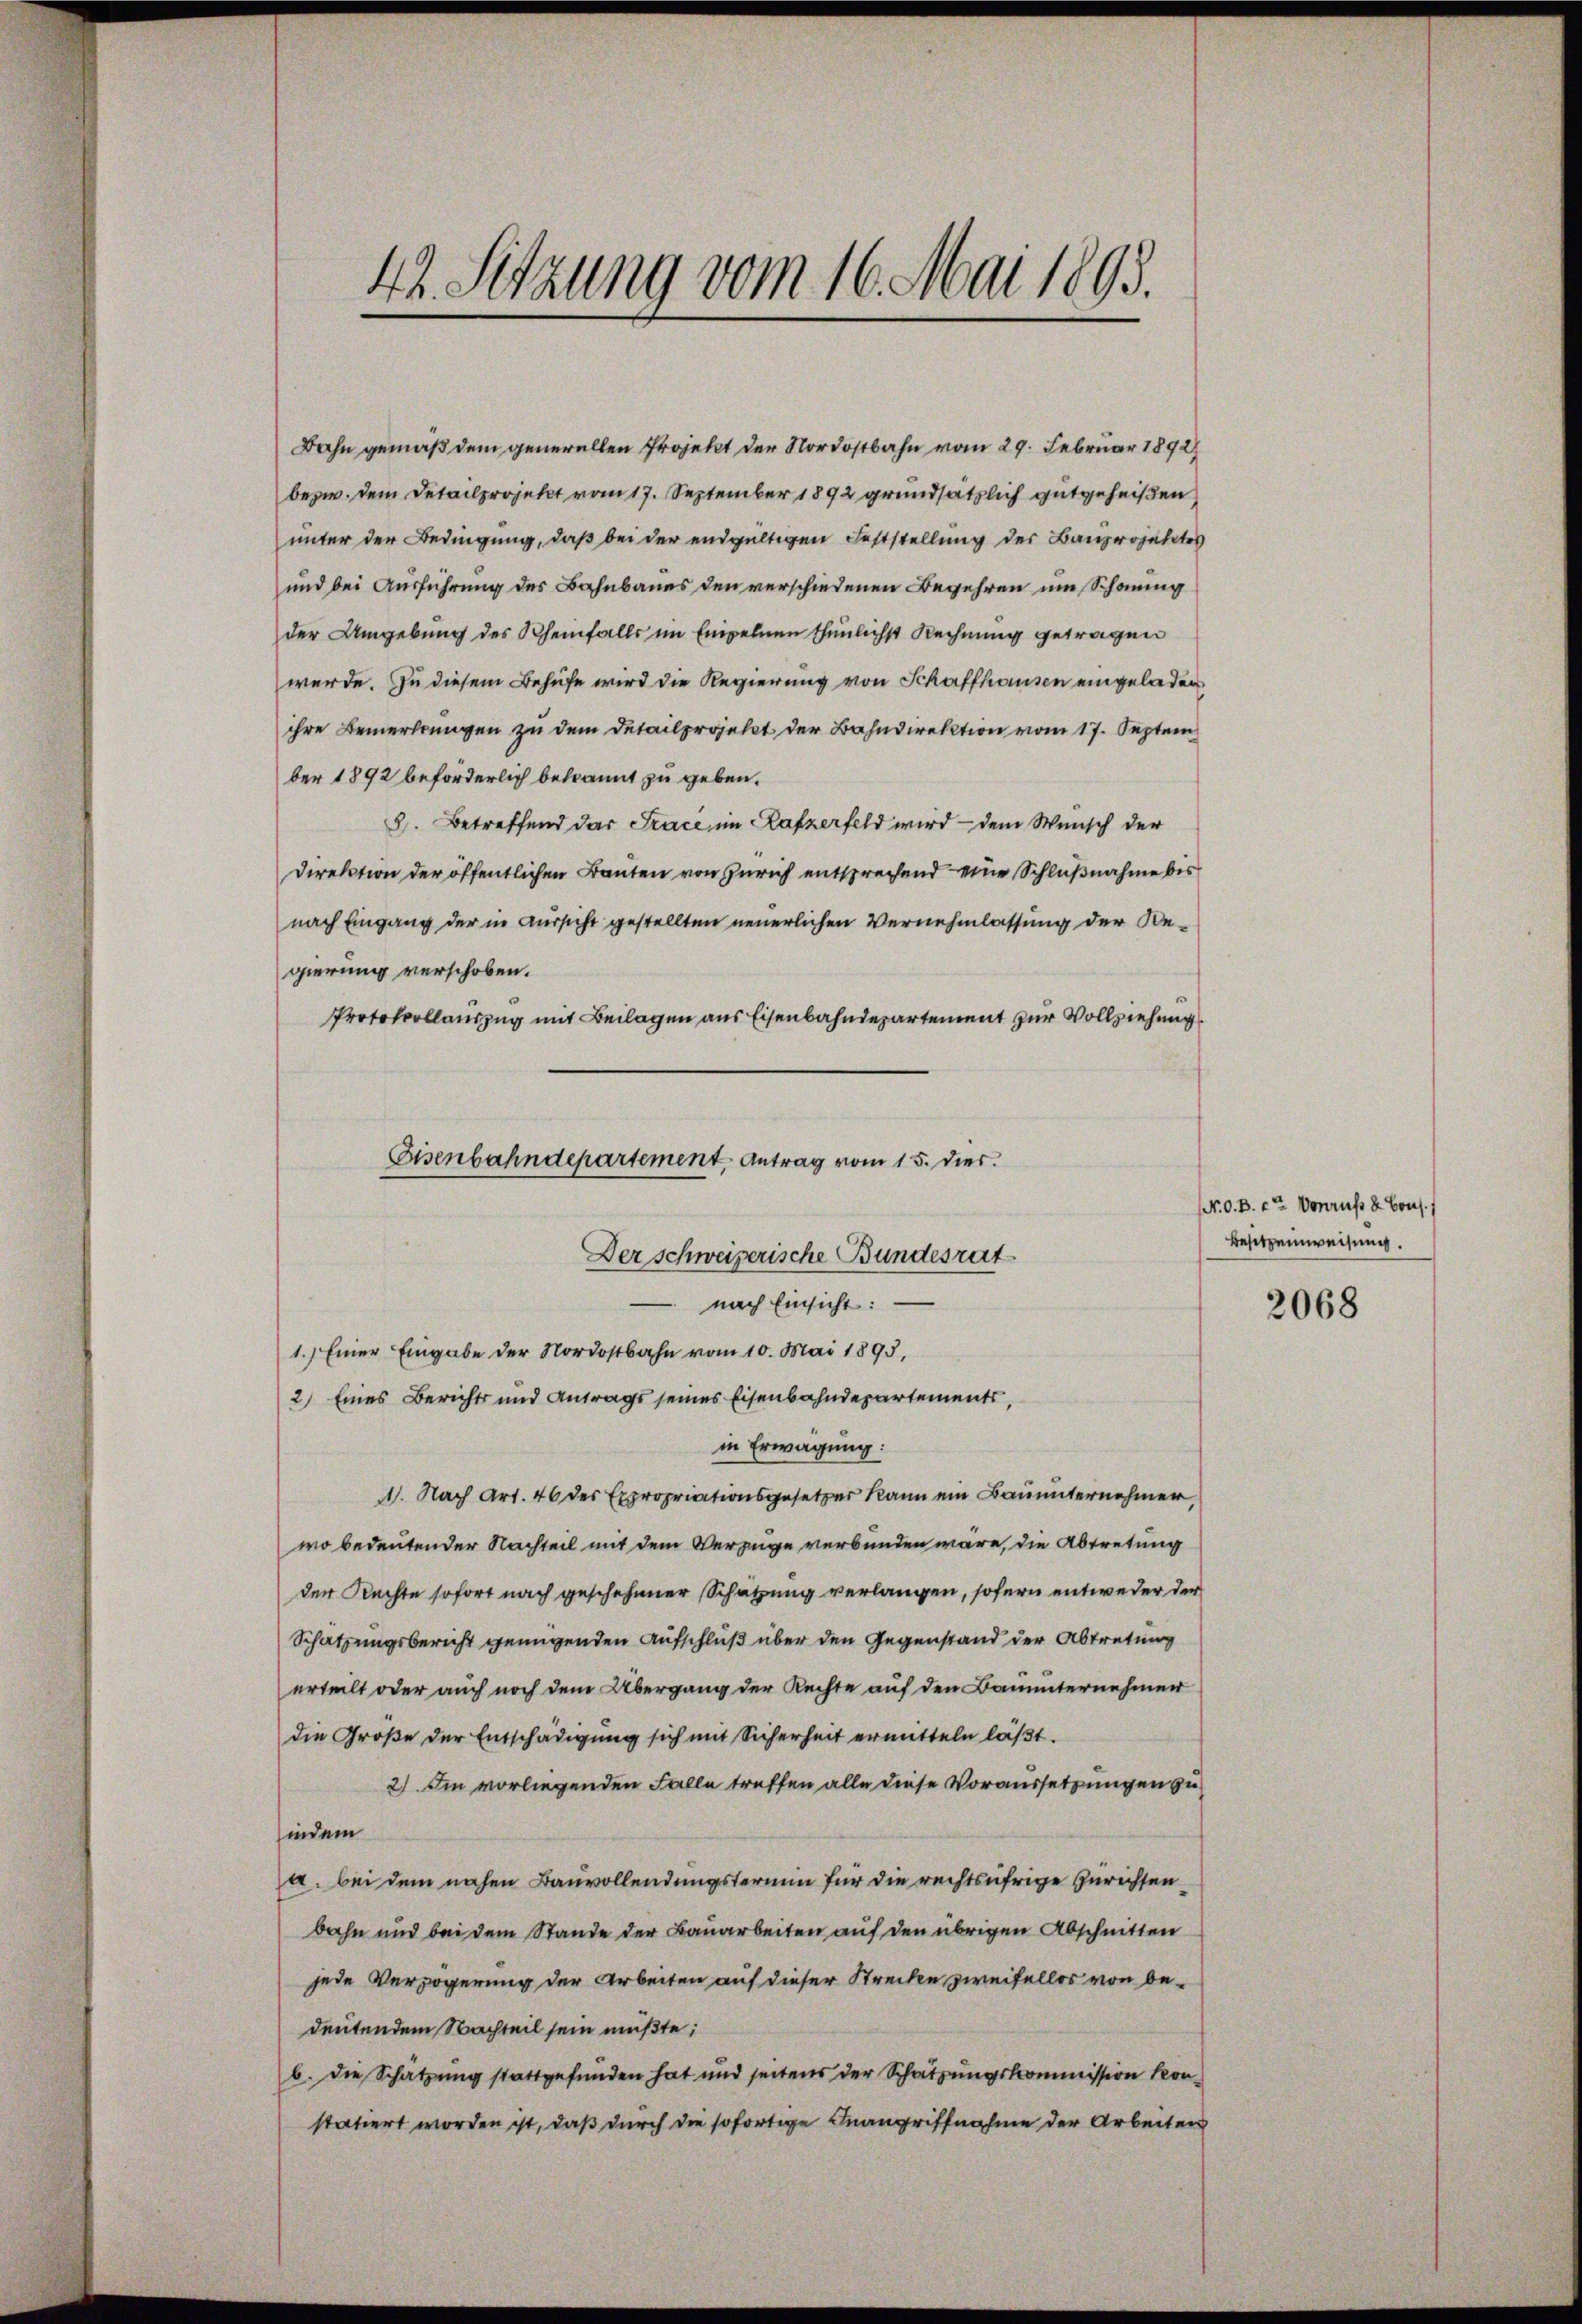
42. Sitzung vom 16. Mai 1893.

Bahn gemäß dem generallen Projekt der Nordostbahn vom 29. Februar 1892
bezw. dem Detailprojekt vom 17. September 1892 grundsätzlich gutgeheißen,
unter der Bedingung, daß bei der endgültigen Feststellung der Bauprojektes
und bei Ausführung des Bahnbaues den verschiedenen Begehren um Schonung
der Umgebung des Rheinfalls im Empelnen thunlichst Rechnung getragen
werde. Zu diesem Behufe wird die Regierung von Schaffhausen eingeladen
ihre Bemerkungen zu dem Detailprojekt der Bahndirektion vom 17. Septem
ber 1892 beförderlich bekannt zu geben.
8). Betreffend das Trace im Rafzerfeld wird — dem Wunsch der
Direktion der öffentlichen Banten von Zürich entsprechend eine Schlußnahme bis
nach Eingang der in Aussicht gestellten neuerlichen Vernehmlassung der Begierung verschoben.
Protokollauszug mit Beilagen aus Eisenbahndepartement zur Vollziehung
Eisenbahndepartement, Antrag vom 15. dies

Der schweizerische Bundesrat

nach Einsicht:
1.) Einer Eingabe der Nordostbahn vom 10. Mai 1895,
2) Eines Berichts und Antrags seines Eisenbahndepartements,
in Erwägung:
1. Nach Art. 46 des Expropriationsgesetzer kann ein Bauunternehmer,
wo bedeutender Nachteil mit dem Verzüge verbunden wäre, die Abtretung
der Rechte sofort nach geschehener Schatzung verlangen, sofern entweder der
Schatzungsbericht genügenden Aufschluß über den Gegenstand der Abtretung
erteilt oder auch noch dem Übergang der Rechte auf den Bauunternehmen
die Große der Entschädigung sich mit Sicherheit ermitteln läßt.
2) Im vorliegenden Falle treffen alle diese Voraussetzungen zu
indem
a. bei dem nahen Bauvollendungstermin für die rechtsufrige Zurichsen
bahn und bei dem Stande der Bauarbeiten auf den übrigen Abschnitten
jede Verzögerung der Arbeiten auf dieser Strecken zweifellos von bedeutendem Nachteil sein müßte;
b. die Schätzung stattgefunden hat und seitens der Schatzungskommission Konstatiert worden ist, daß durch die sofortige Inangriffnahme der Arbeiten

(N. O. B. ein Vorrufs & Bous.
Besitzenweisung.

2068